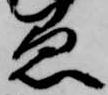
愚